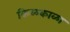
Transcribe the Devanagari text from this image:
किळकाळा